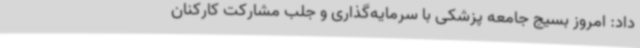
داد: امروز بسیج جامعه پزشکی با سرمایه‌گذاری و جلب مشارکت کارکنان